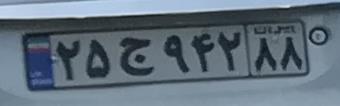
۲۵ج۹۴۲۸۸